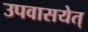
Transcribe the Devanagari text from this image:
उपवासयेत्